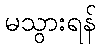
မသွားရန်